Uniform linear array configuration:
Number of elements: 8
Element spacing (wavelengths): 0.75
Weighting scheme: uniform
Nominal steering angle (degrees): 15
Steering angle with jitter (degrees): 15.398
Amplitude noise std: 0.05
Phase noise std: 0.05

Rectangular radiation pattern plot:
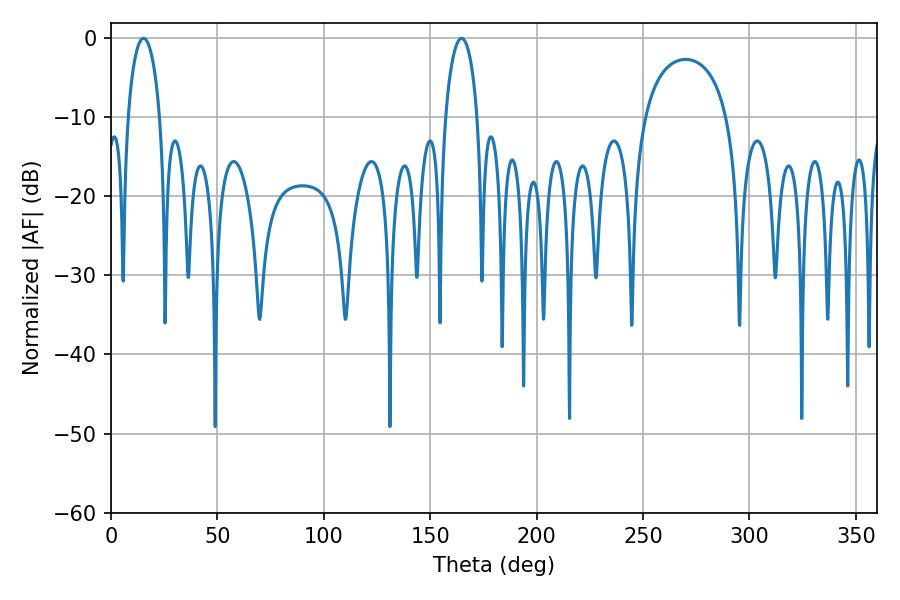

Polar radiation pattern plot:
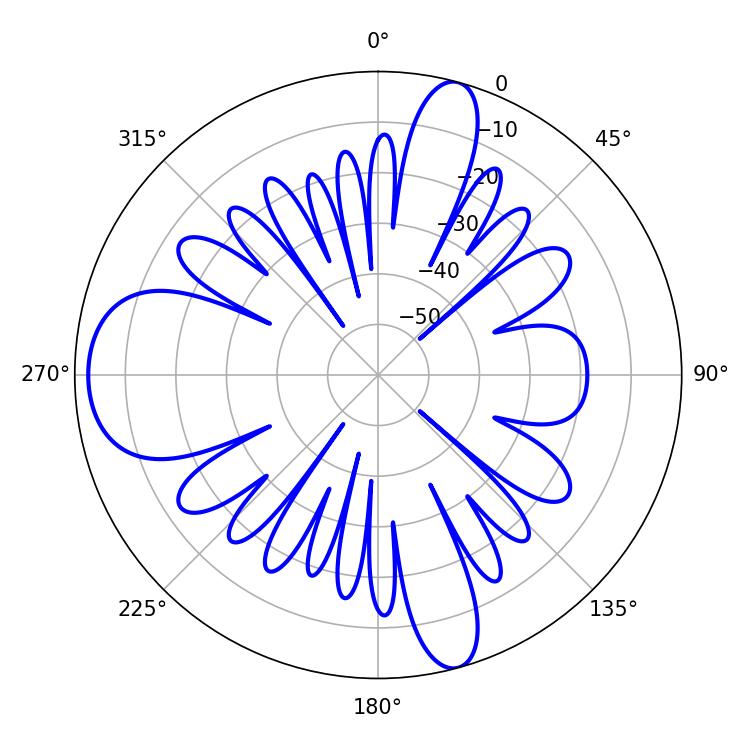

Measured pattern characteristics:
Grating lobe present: TRUE
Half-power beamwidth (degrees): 8.64
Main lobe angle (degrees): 15.3